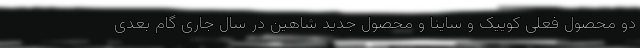
دو محصول فعلی کوییک و ساینا و محصول جدید شاهین در سال جاری گام بعدی